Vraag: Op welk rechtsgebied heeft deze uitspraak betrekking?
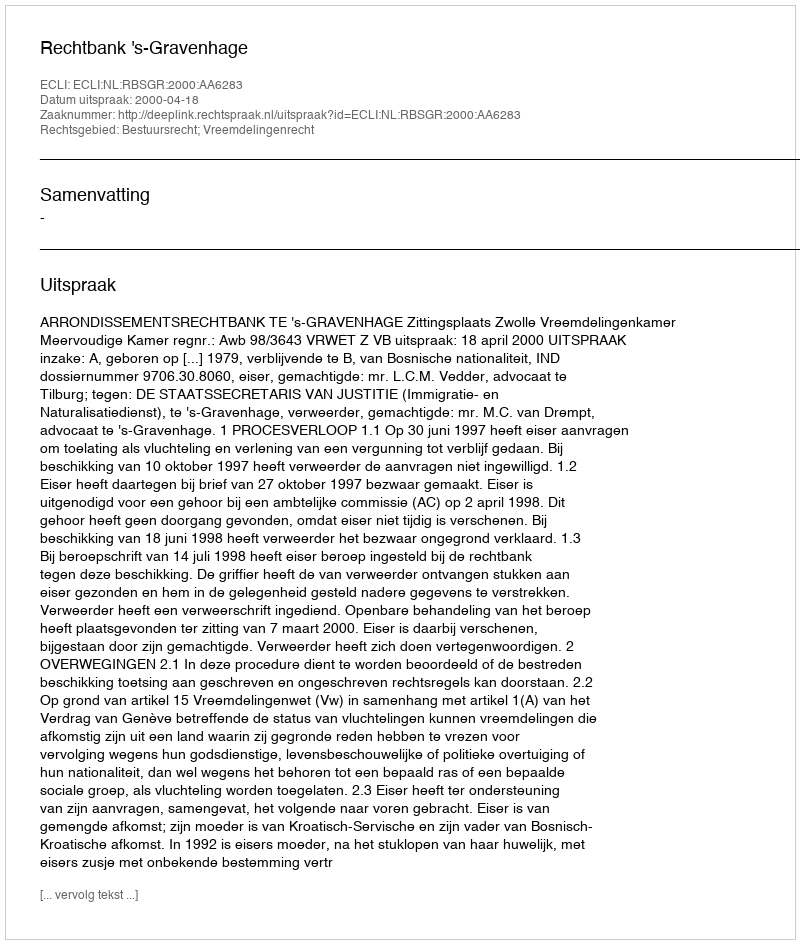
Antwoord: Bestuursrecht; Vreemdelingenrecht